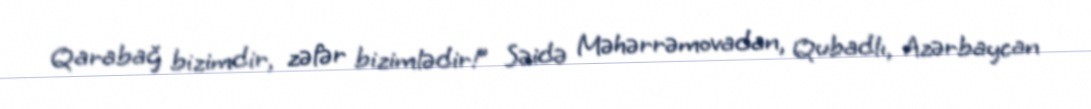
Qarabağ bizimdir, zəfər bizimlədir!” Səidə Məhərrəmovadan, Qubadlı, Azərbaycan